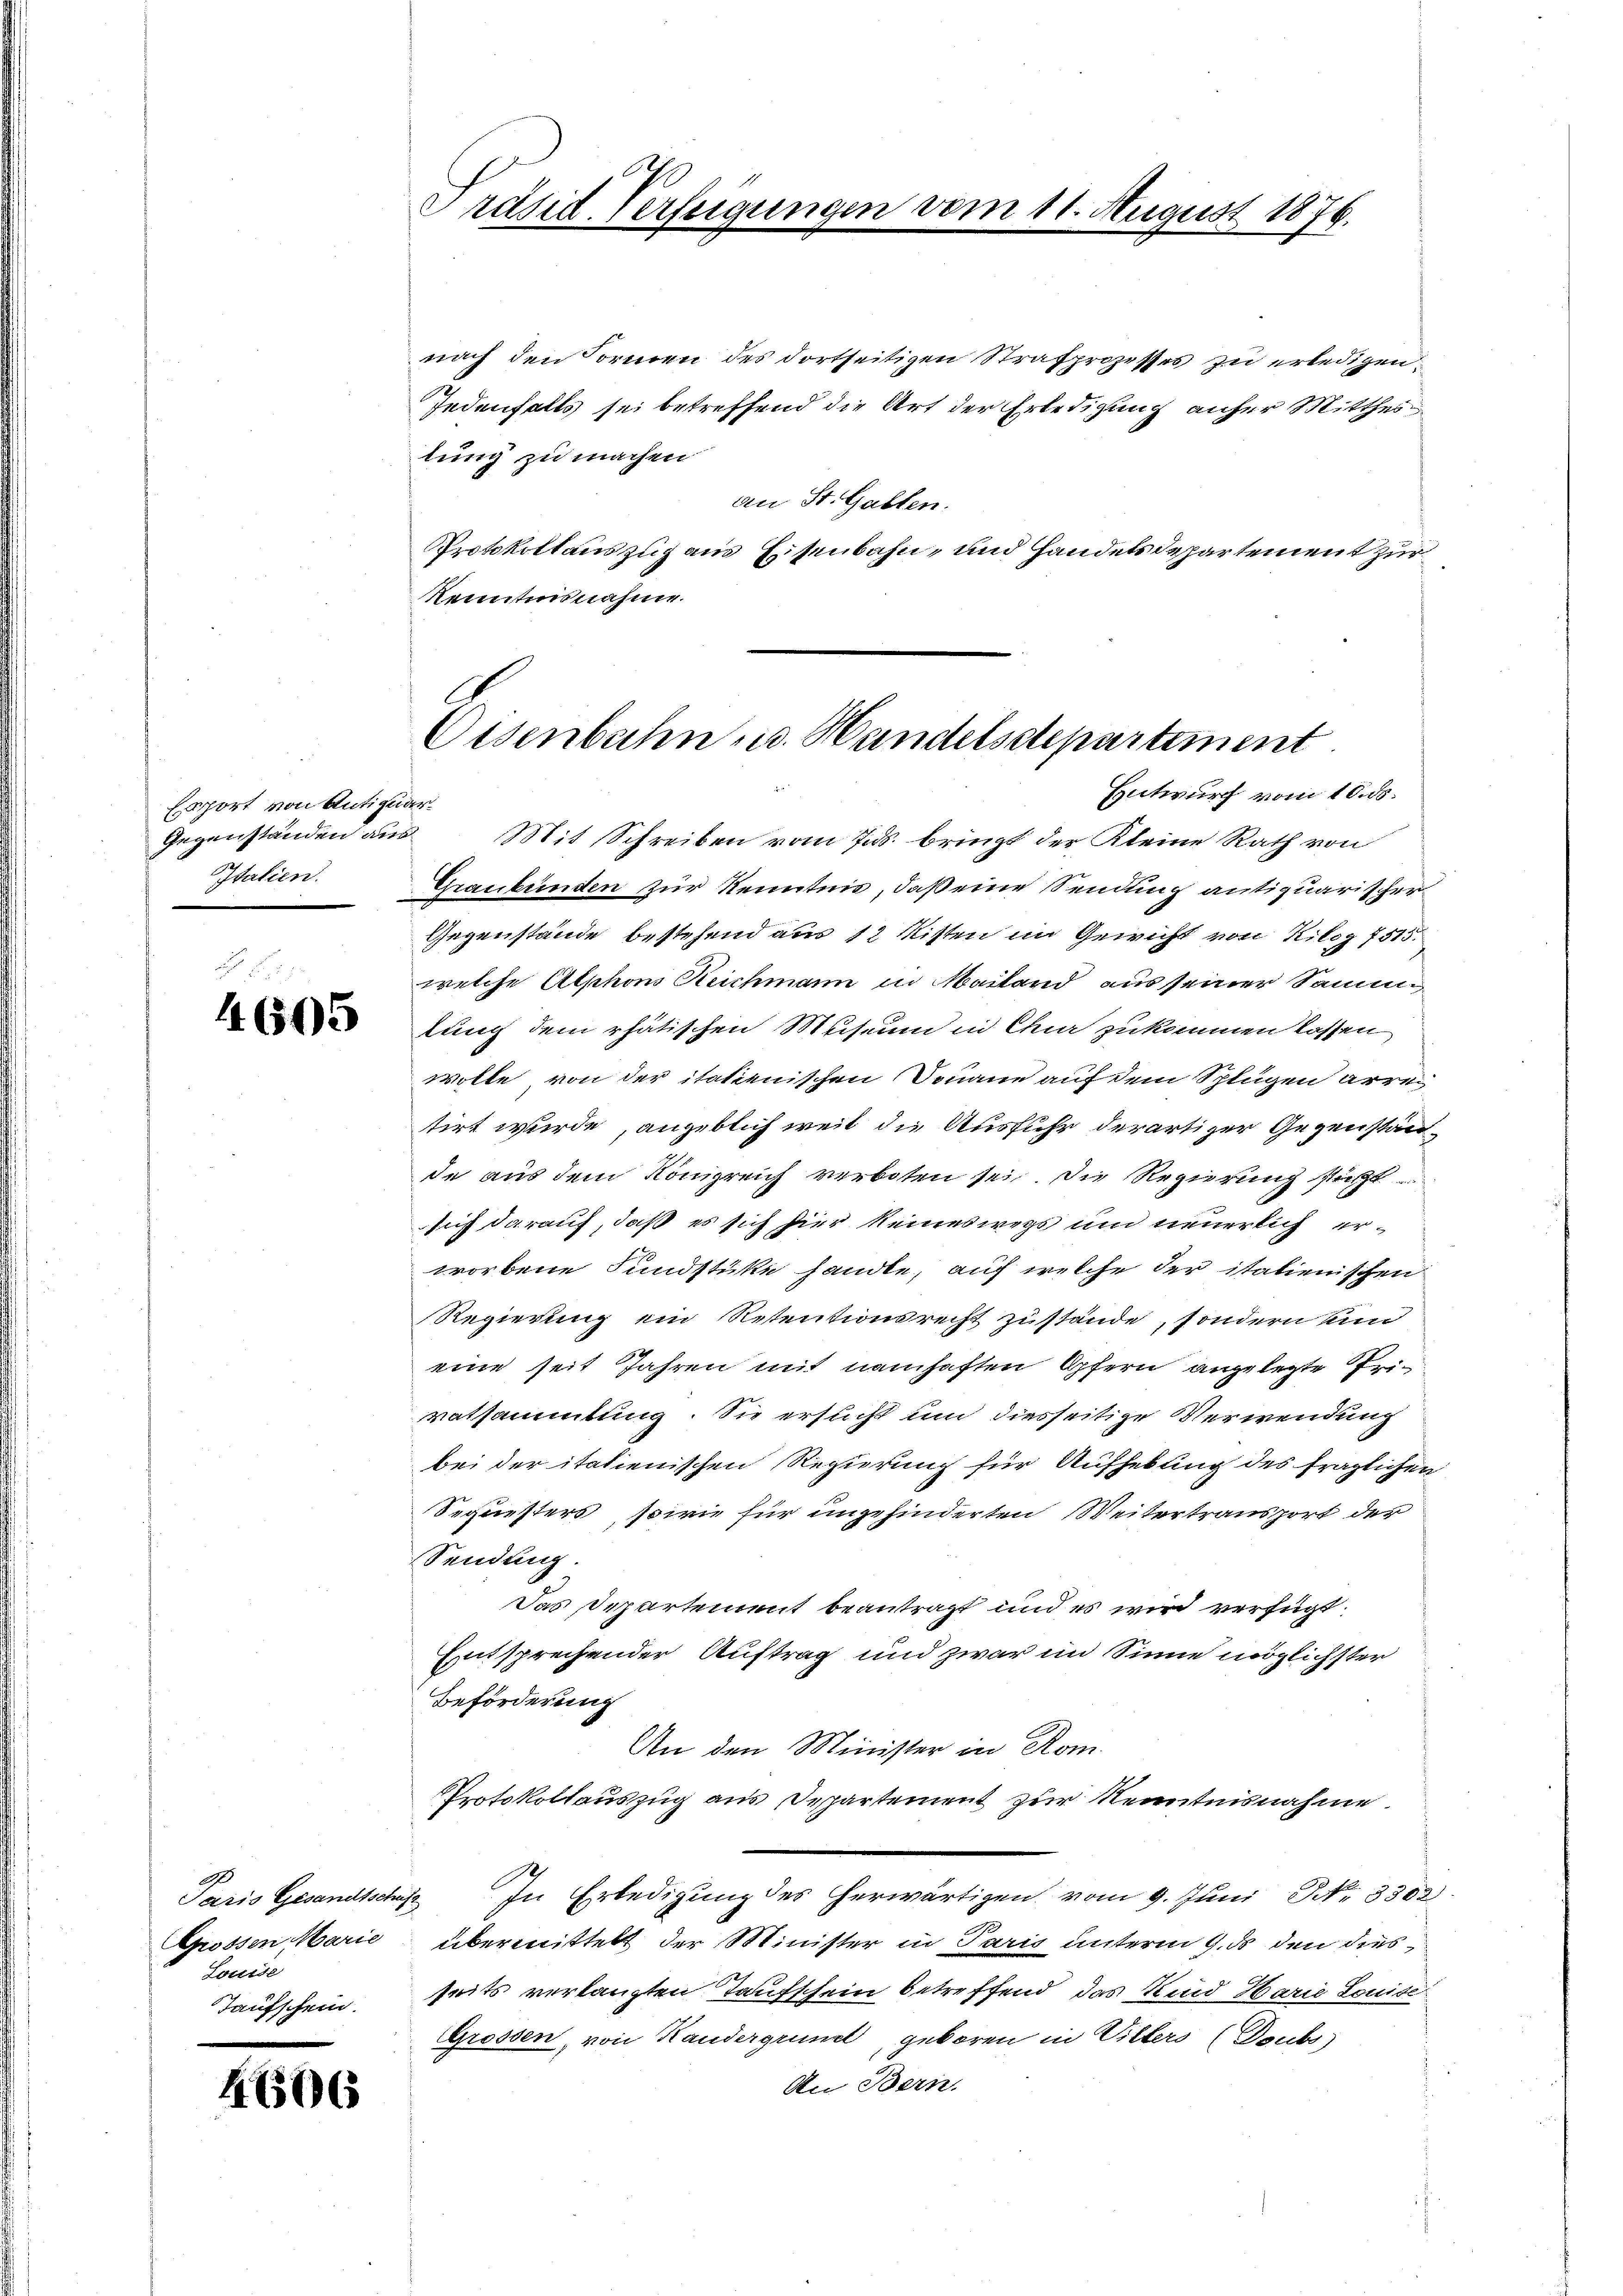
Esport von Antiquar¬
Gegenständen aus
Italien.

4605

Louise
Taufschein.

4606

Präsid. Verfügungen vom 11. August 1876.

lung zu machen
an St. Gallen.
Protokollauszug aus Eisenbahn- und Handelsdepartement zur
Kenntnisnahme.

Osenbahn u. Handelsdepartement
Entwurf vom 10. ds.

nach den Formen des dortseitigen Strafprozesses zu erledigen.
Jedenfalls sei betreffend die Art der Erledigung anher Mitthei¬

Mit Schreiben vom 7.ds. bringt der Kleine Rath von
Graubünden zur Kenntnis, daß eine Sendung antiquarischer
Gegenstände bestehend aus 12 Ritten im Gewicht von Kilog 7515.
welche Alphons Reichmann in Mailand aus seiner Sammlung dem Thätischen Museum in Chur zukommen lassen
wolle von der itatienischen Donaue auf dem Splügen arretirt wurde, angeblich weit die Ausfuhr derartiger Gegenstände aus dem Königreich verboten sei. Die Regierung stat
sich darauf, daß es sich hier keineswegs um neuerlich erworbene Fundstücke handle, auch welche der italienischen
Regierung ein Retentionsrecht zustände, sondern und
eine seit Jahren mit namhaften Opfern angelegte Privatsammtung. Sie ersucht um diesseitige Verwendung
bei der itatienischen Regierung für Aufhebung des fraglichen
Sequesters, sowie für ungehinderten Weitertransport der
Sendung.
Das Departement beantragt und es wird verfügt:
Entsprechender Auftrag und zwar im Sinne möglichster
Beförderung
An den Minister in Rom.
Protokollauszug aus Departement zur Kenntnisnahme
Paris Gesandtschaft In Erledigung des herwärtigen vom 9. Juni NNo. 3302
Grossen Marie übermittelt der Minister in Paris unterm 9. ds den dies
seits verlangten Taufschein betreffend das Kind Harie Louise
Grossen, von Handergrundt geboren in Vilters (subs
An Bern.